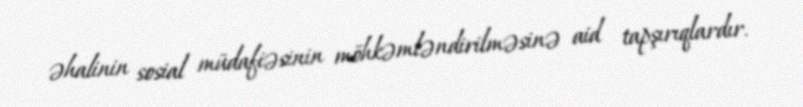
əhalinin sosial müdafiəsinin möhkəmləndirilməsinə aid tapşırıqlardır.